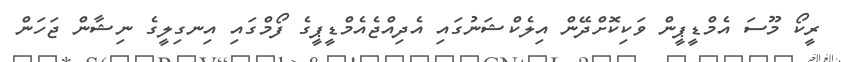
ރީކޯ މޫސަ އެމްޑީޕީން ވަކިކޮށްދޭން އިލެކްޝަނުގައި އެދިއްޖެއެމްޑީޕީގެ ފޯމްގައި އިނގިލީގެ ނިޝާން ޖަހަން